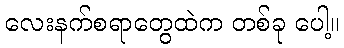
လေးနက်စရာတွေထဲက တစ်ခု ပေါ့။